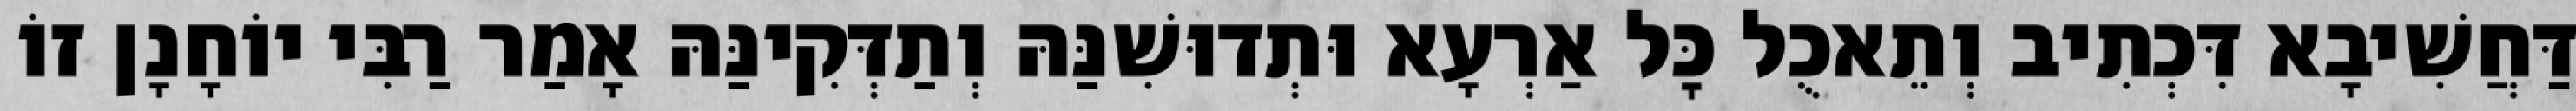
דַּחֲשִׁיבָא דִּכְתִיב וְתֵאכֻל כׇּל אַרְעָא וּתְדוּשִׁנַּהּ וְתַדְּקִינַּהּ אָמַר רַבִּי יוֹחָנָן זוֹ